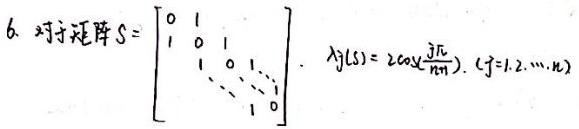
6. 对于矩阵$S = \begin{bmatrix} 0 & 1 & & & \\ 1 & 0 & 1 & & \\ & 1 & \ddots & \ddots & \\ & & \ddots & \ddots & 1 \\ & & & 1 & 0 \end{bmatrix}$, $\lambda_j(S) = 2\cos\frac{j\pi}{n + 1}, (j = 1,2,\cdots,n)$。